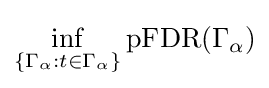
\inf _{\{\Gamma _{\alpha }:t\in \Gamma _{\alpha }\}}\operatorname {pFDR} (\Gamma _{\alpha })